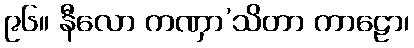
၉၆။ နီလော ကဏှာ’သိတာ ကာဠော၊